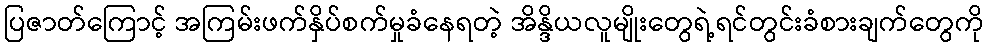
ပြဇာတ်ကြောင့် အကြမ်းဖက်နှိပ်စက်မှုခံနေရတဲ့ အိန္ဒိယလူမျိုးတွေရဲ့ရင်တွင်းခံစားချက်တွေကို